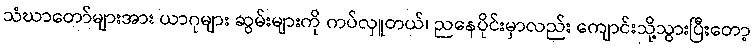
သံဃာတော်များအား ယာဂုများ ဆွမ်းများကို ကပ်လှူတယ်၊ ညနေပိုင်းမှာလည်း ကျောင်းသို့သွားပြီးတော့